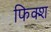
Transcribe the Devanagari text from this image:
फिक्श